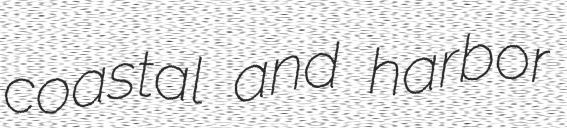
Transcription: coastal and harbor